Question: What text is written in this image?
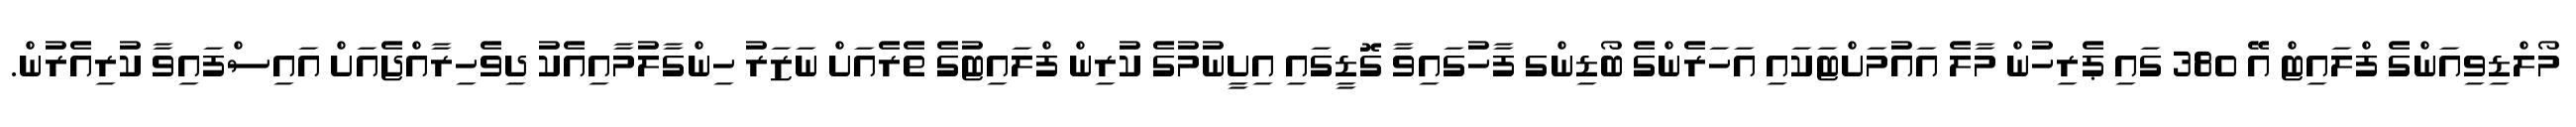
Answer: މޯލްޑިވިއަންގެ ފްލައިޓް އޭ 380 ގައި ޕެރިހުން މާލެ އައުމަށްޓަކައި އަހަރެންގެ ބޯޑިންގ ފާހުގައިވާ ގޮޑީގައި އިށީނުމުގެ ކުރިން ފްލައިޓުގެ ތެރެއަށް ނަޒަރު ހިންގާލުމާއިއެކު ދިވެހިރާއްޖެއަށް އައިސްފައިވާ ކުރިއެރުން.